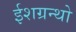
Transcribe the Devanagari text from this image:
ईशग्रन्थो